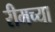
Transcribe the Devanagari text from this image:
रीमच्या